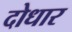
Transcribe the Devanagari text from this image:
दोधार